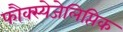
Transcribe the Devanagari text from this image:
फौक्स्येजेलिप्तिक